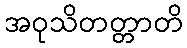
အဝုသိတတ္တာတိ